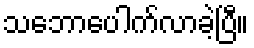
သဘောပေါက်လာခဲ့ပြီ။